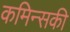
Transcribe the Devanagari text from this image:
कमिन्सकी